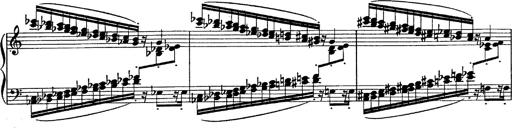
Title: Fantasie Ã¼ber Themen aus Mozarts Figaro und Don Giovanni
Composer: Franz Liszt